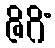
ဇိဂိံ